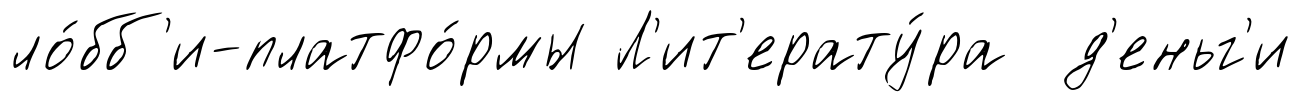
ло́бб'и-платфо́рмы Л'ит'ерату́ра д'еньг'и